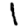
Digit: 1